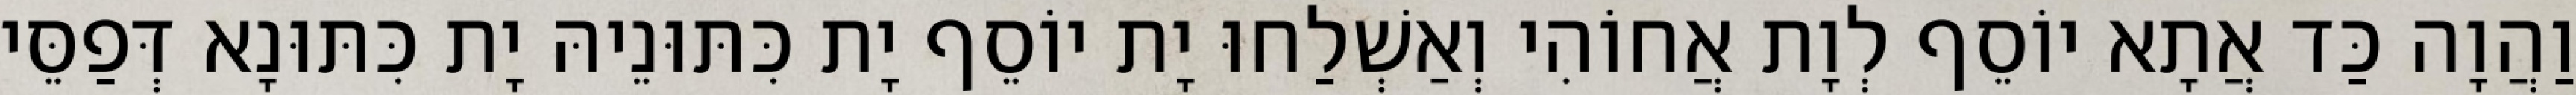
וַהֲוָה כַּד אֲתָא יוֹסֵף לְוָת אֲחוֹהִי וְאַשְׁלַחוּ יָת יוֹסֵף יָת כִּתּוּנֵיהּ יָת כִּתּוּנָא דְּפַסֵּי